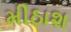
મીઠાશ